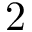
2